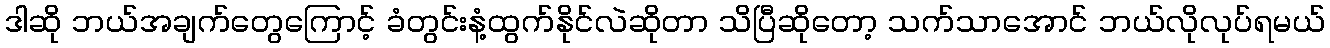
ဒါဆို ဘယ်အချက်တွေကြောင့် ခံတွင်းနံ့ထွက်နိုင်လဲဆိုတာ သိပြီဆိုတော့ သက်သာအောင် ဘယ်လိုလုပ်ရမယ်